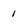
Character: 1